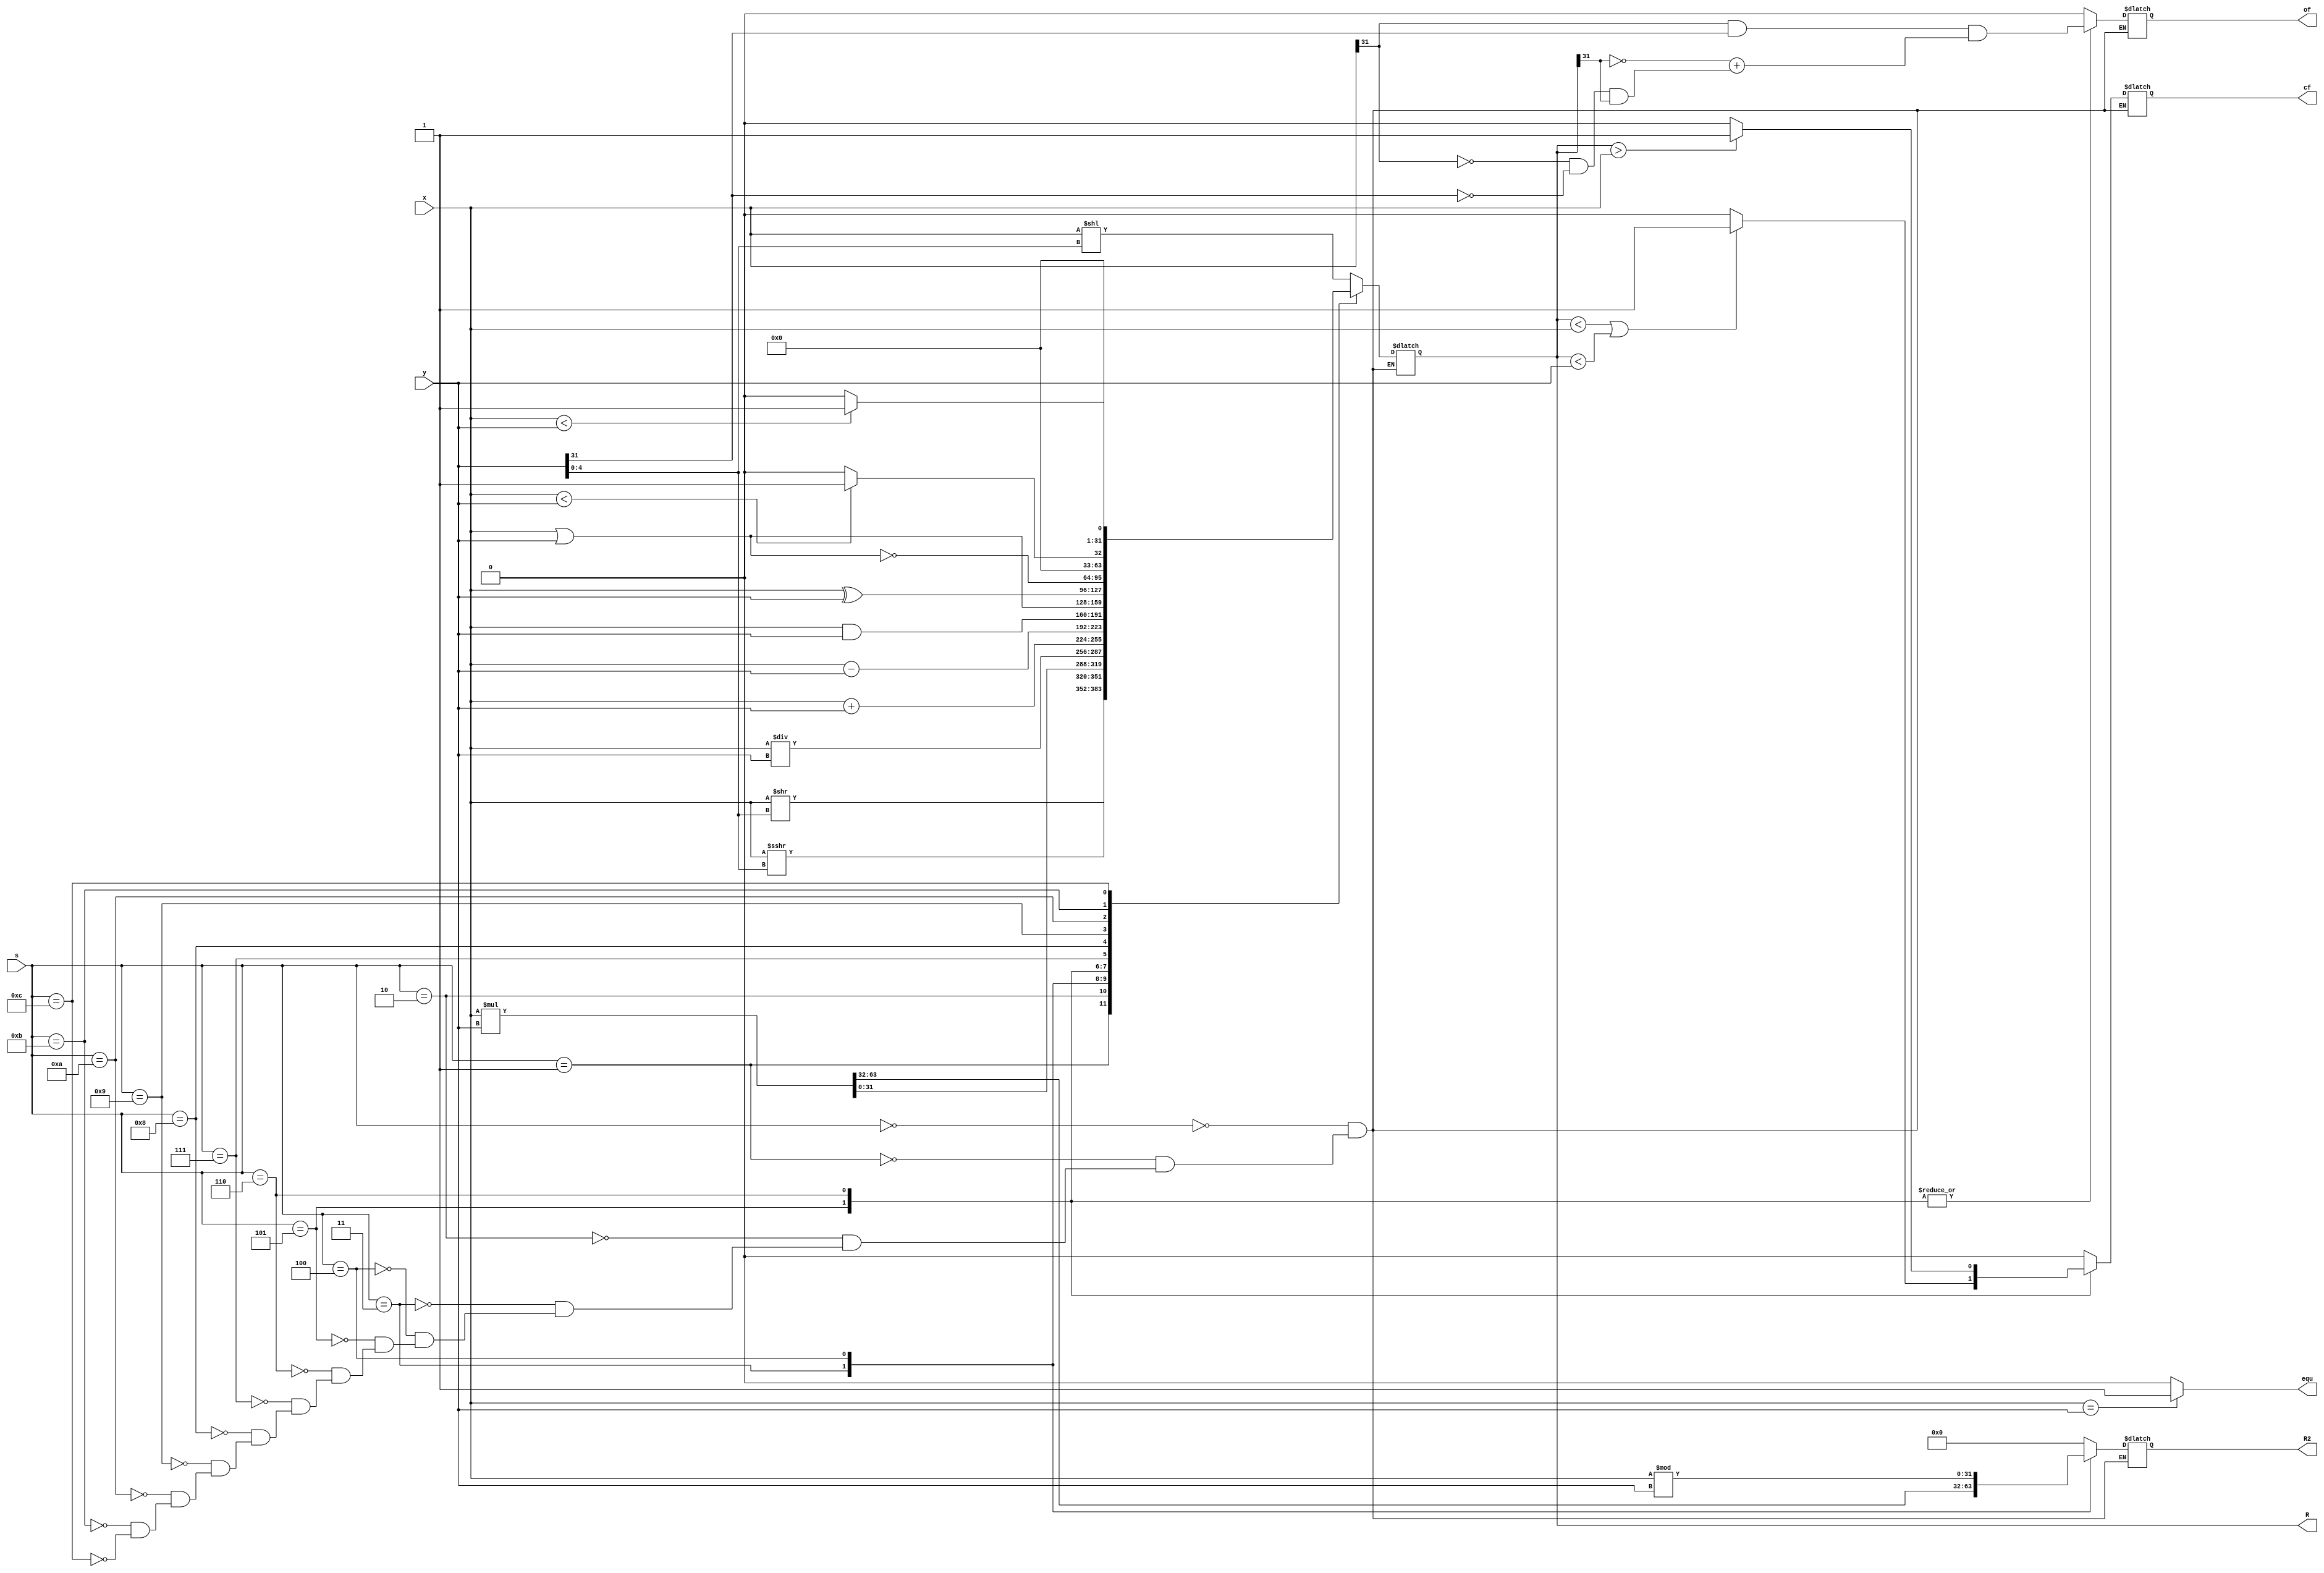
module alu(x, y, s, of, cf, equ, R, R2);
	input [31:0] x, y;
	input [3:0] s;
	output reg of, cf;
	output equ;
	output reg [31:0] R, R2;
	assign equ = (x == y) ? 1 : 0;
	always @(x or y or s) begin
		case(s)
		4'b0000: begin
			R <= x << y[4:0];
			R2 <= 0;
			of <= 0;
			cf <= 0;
		end
		4'b0001: begin
			R <= $signed(x) >>> y[4:0];
			R2 <= 0;
			of <= 0;
			cf <= 0;
		end
		4'b0010: begin
			R <= x >> y[4:0];
			R2 <= 0; 
			of <= 0;
			cf <= 0;
		end
		4'b0011: begin
			{R2, R} <= x * y;
			of <= 0;
			cf <= 0;
		end
		4'b0100: begin
			R <= x / y;
			R2 <= x % y;
			of <= 0;
			cf <= 0;
		end
		4'b0101: begin
			R <= x + y;
			R2 <= 0;
			of = x[31]&y[31]&(~R[31]) + (~x[31] & ~y[31] & R[31]);
			cf = (R < x || R < y) ? 1 : 0;
		end
		4'b0110: begin
			R <= x - y;
			R2 <= 0;
			of = x[31]&y[31]&(~R[31]) + (~x[31] & ~y[31] & R[31]);
			cf = (R > x) ? 1 : 0;
		end
		4'b0111: begin
			R <= x & y;
			R2 <= 0;
			of <= 0;
			cf <= 0;
		end
		4'b1000: begin
			R <= x | y;
			R2 <= 0;
			of <= 0;
			cf <= 0;
		end
		4'b1001: begin
			R <= x ^ y;
			R2 <= 0;
			of <= 0;
			cf <= 0;
		end
		4'b1010: begin
			R <= ~(x | y);
			R2 <= 0;
			of <= 0;
			cf <= 0;
		end
		4'b1011: begin
			R <= ($signed(x) < $signed(y)) ? 1 : 0;
			R2 <= 0;
			of <= 0;
			cf <= 0;
		end
		4'b1100: begin
			R <= ($unsigned(x) < $unsigned(y)) ? 1 : 0;
			R2 <= 0;
			of <= 0;
			cf <= 0;
		end
	endcase
	end
endmodule